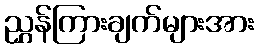
ညွှန်ကြားချက်များအား